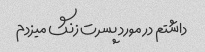
داشتم در مورد پسرت زنگ میزدم